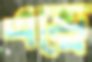
এন্ড্রে